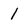
Character: 1